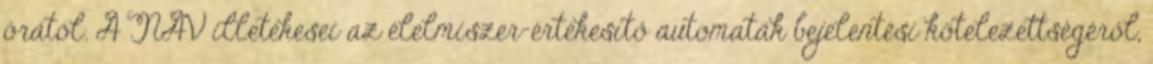
órától. A NAV illetékesei az élelmiszer-értékesítő automaták bejelentési kötelezettségéről,